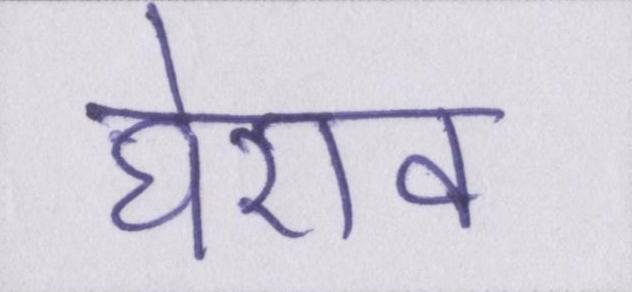
घेराव